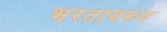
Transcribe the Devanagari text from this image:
भरतावरून